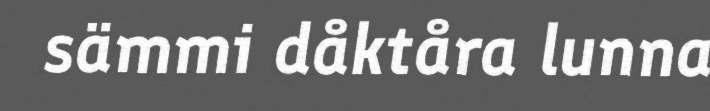
sämmi dåktåra lunna